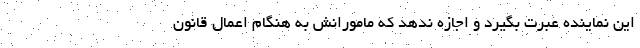
این نماینده عبرت بگیرد و اجازه ندهد که مامورانش به هنگام اعمال قانون